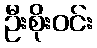
ဦးစိုးဝင်း